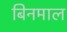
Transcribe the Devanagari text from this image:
बिनमाल